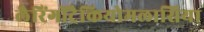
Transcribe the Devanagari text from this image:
लैरिंगोंट्रैकियोमलासिया